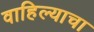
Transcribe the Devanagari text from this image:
वाहिल्याचा